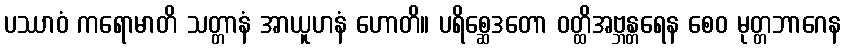
ပဿာဝံ ကရောမာတိ သတ္တာနံ အာယူဟနံ ဟောတိ။ ပရိစ္ဆေဒတော ဝတ္ထိအဗ္ဘန္တရေန စေဝ မုတ္တဘာဂေန